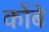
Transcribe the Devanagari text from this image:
कोंबे